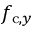
f _ { \mathrm { c } , y }